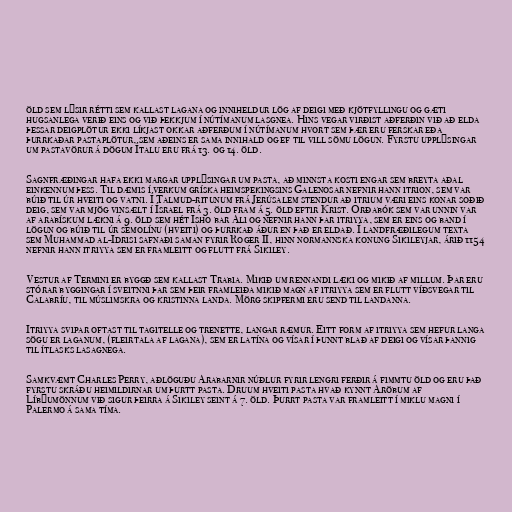
öld sem lýsir rétti sem kallast lagana og inniheldur lög af deigi með kjötfyllingu og gæti
hugsanlega verið eins og við þekkjum í nútímanum lasgnea. Hins vegar virðist aðferðin við að elda
þessar deigplötur ekki líkjast okkar aðferðum í nútímanum hvort sem þær eru ferskar eða
þurrkaðar pastaplötur, sem aðeins er sama innihald og ef til vill sömu lögun. Fyrstu upplýsingar
um pastavörur á dögum Ítalu eru frá 13. og 14. öld.

Sagnfræðingar hafa ekki margar upplýsingar um pasta, að minnsta kosti engar sem breyta aðal
einkennum þess. Til dæmis í verkum gríska heimspekingsins Galenosar nefnir hann itrion, sem var
búið til úr hveiti og vatni. Í Talmud-ritunum frá Jerúsalem stendur að itrium væri eins konar soðið
deig, sem var mjög vinsælt í Ísrael frá 3. öld fram á 5. öld eftir Krist. Orðabók sem var unnin var
af arabískum lækni á 9. öld sem hét Isho bar Ali og nefnir hann þar itriyya, sem er eins og band í
lögun og búið til úr semolínu (hveiti) og þurrkað áður en það er eldað. Í landfræðilegum texta
sem Muhammad al-Idrisi safnaði saman fyrir Roger II, hinn normannska konung Sikileyjar, árið 1154
nefnir hann itriyya sem er framleitt og flutt frá Sikiley.

Vestur af Termini er byggð sem kallast Trabia. Mikið um rennandi læki og mikið af millum. Þar eru
stórar byggingar í sveitnni þar sem þeir framleiða mikið magn af itriyya sem er flutt víðsvegar til
Calabríu, til múslimskra og kristinna landa. Mörg skipfermi eru send til landanna.

Itriyya svipar oftast til tagitelle og trenette, langar ræmur. Eitt form af itriyya sem hefur langa
sögu er laganum, (fleirtala af lagana), sem er latína og vísar í þunnt blað af deigi og vísar þannig
til ítlasks lasagnega.

Samkvæmt Charles Perry, aðlöguðu Arabarnir núðlur fyrir lengri ferðir á fimmtu öld og eru það
fyrstu skráðu heimildirnar um þurtt pasta. Druum hveiti pasta hvað kynnt Aröbum af
Líbýumönnum við sigur þeirra á Sikiley seint á 7. öld. Þurrt pasta var framleitt í miklu magni í
Palermo á sama tíma.